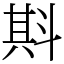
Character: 㪸